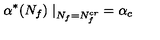
\alpha ^ { * } ( N _ { f } ) \left. \right| _ { N _ { f } = N _ { f } ^ { c r } } = \alpha _ { c }